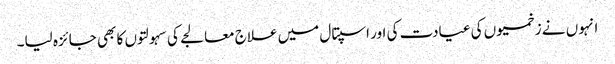
انہوں نے زخمیوں کی عیادت کی اور اسپتال میں علاج معالجے کی سہولتوں کا بھی جائزہ لیا۔